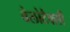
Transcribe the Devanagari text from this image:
वेलोटैक्सी